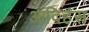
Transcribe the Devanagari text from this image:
आदिहंस